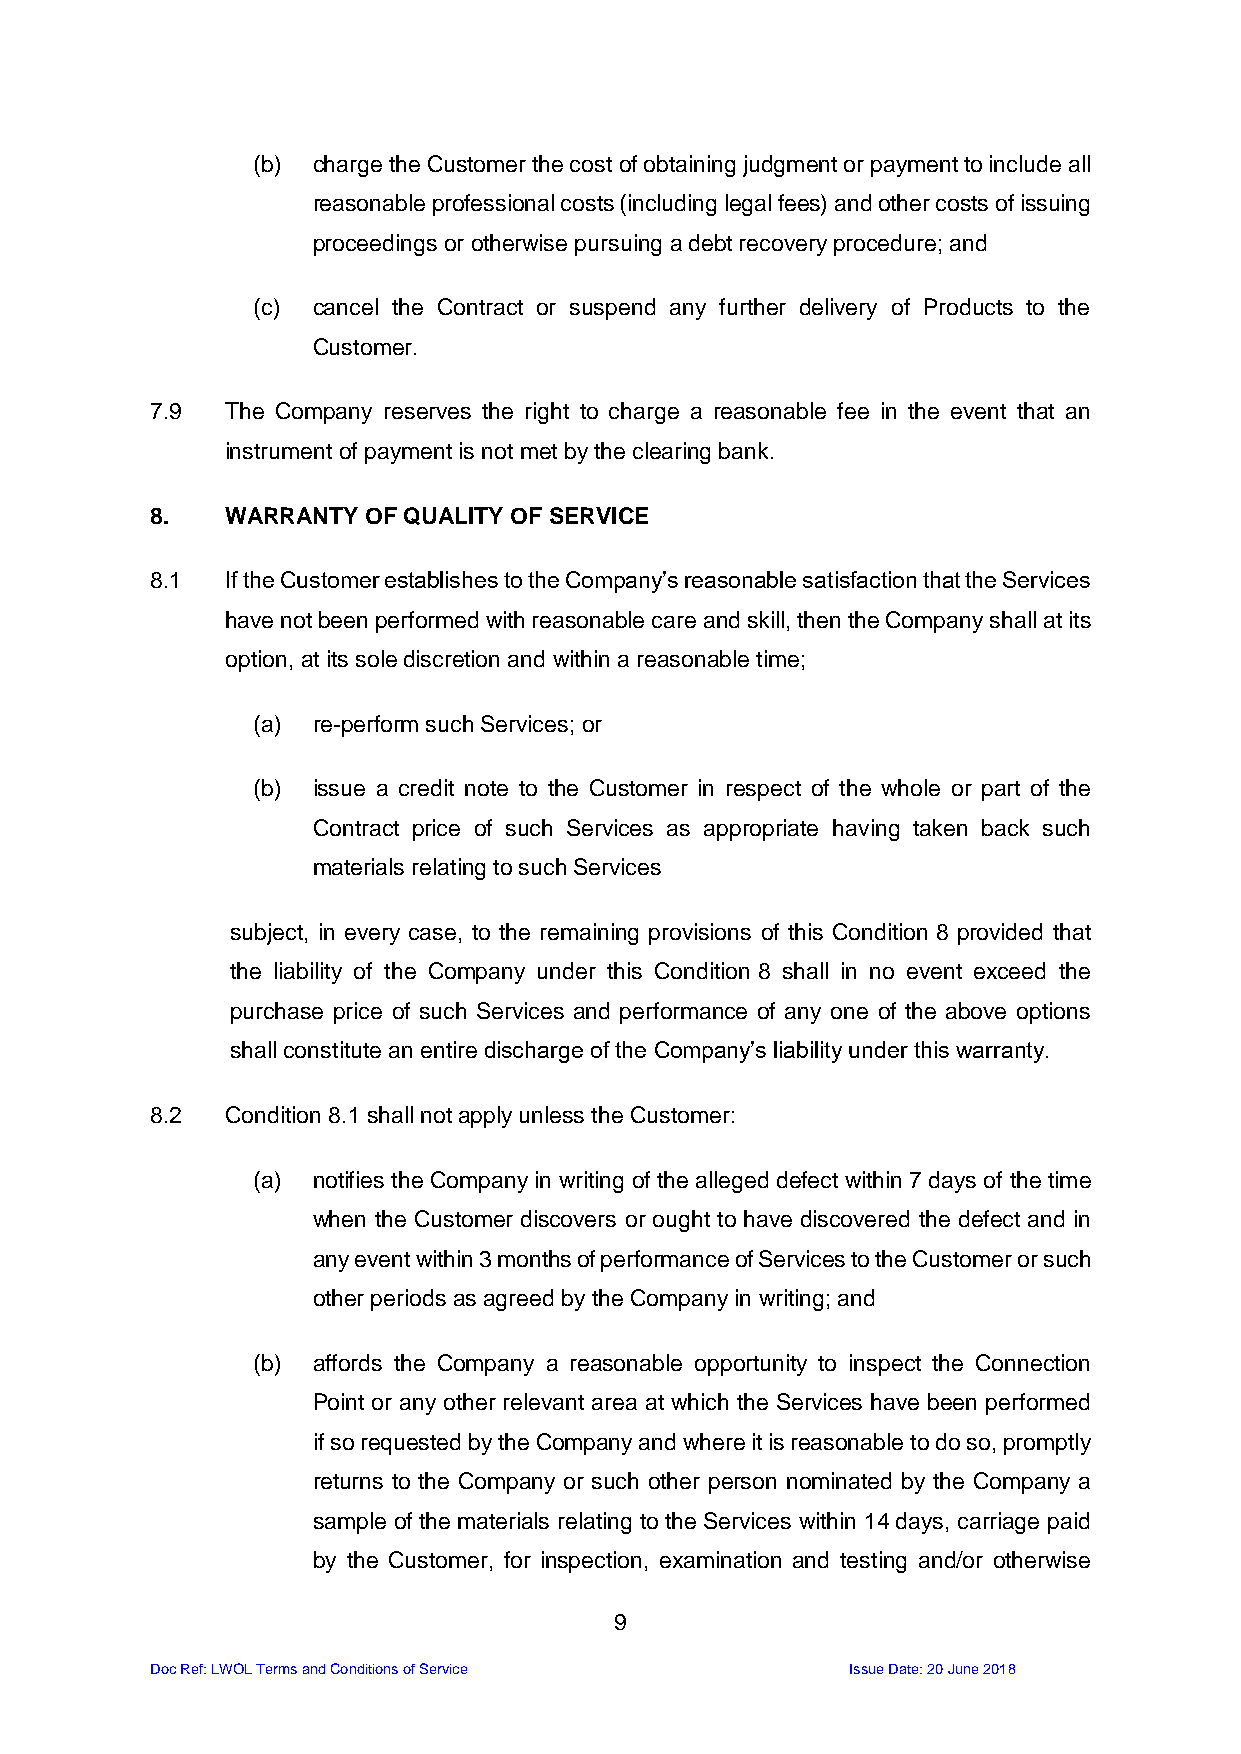
(b) charge the Customer the cost of obtaining judgment or payment to include all
 reasonable professional costs (including legal fees) and other costs of issuing
 proceedings or otherwise pursuing a debt recovery procedure; and
 (c) cancel the Contract or suspend any further delivery of Products to the
 Customer.
 7.9  The Company reserves the right to charge a reasonable fee in the event that an
 instrument of payment is not met by the clearing bank.
 8.   WARRANTY OF QUALITY OF SERVICE
 8.1  If the Customer establishes to the Company’s reasonable satisfaction that the Services
 have not been performed with reasonable care and skill, then the Company shall at its
 option, at its sole discretion and within a reasonable time;
 (a) re-perform such Services; or
 (b) issue a credit note to the Customer in respect of the whole or part of the
 Contract price of such Services as appropriate having taken back such
 materials relating to such Services
 subject, in every case, to the remaining provisions of this Condition 8 provided that
 the liability of the Company under this Condition 8 shall in no event exceed the
 purchase price of such Services and performance of any one of the above options
 shall constitute an entire discharge of the Company’s liability under this warranty.
 8.2  Condition 8.1 shall not apply unless the Customer:
 (a) notifies the Company in writing of the alleged defect within 7 days of the time
 when the Customer discovers or ought to have discovered the defect and in
 any event within 3 months of performance of Services to the Customer or such
 other periods as agreed by the Company in writing; and
 (b) affords the Company a reasonable opportunity to inspect the Connection
 Point or any other relevant area at which the Services have been performed
 if so requested by the Company and where it is reasonable to do so, promptly
 returns to the Company or such other person nominated by the Company a
 sample of the materials relating to the Services within 14 days, carriage paid
 by the Customer, for inspection, examination and testing and/or otherwise
 9
 Doc Ref: LWOL Terms and Conditions of Service Issue Date: 20 June 2018